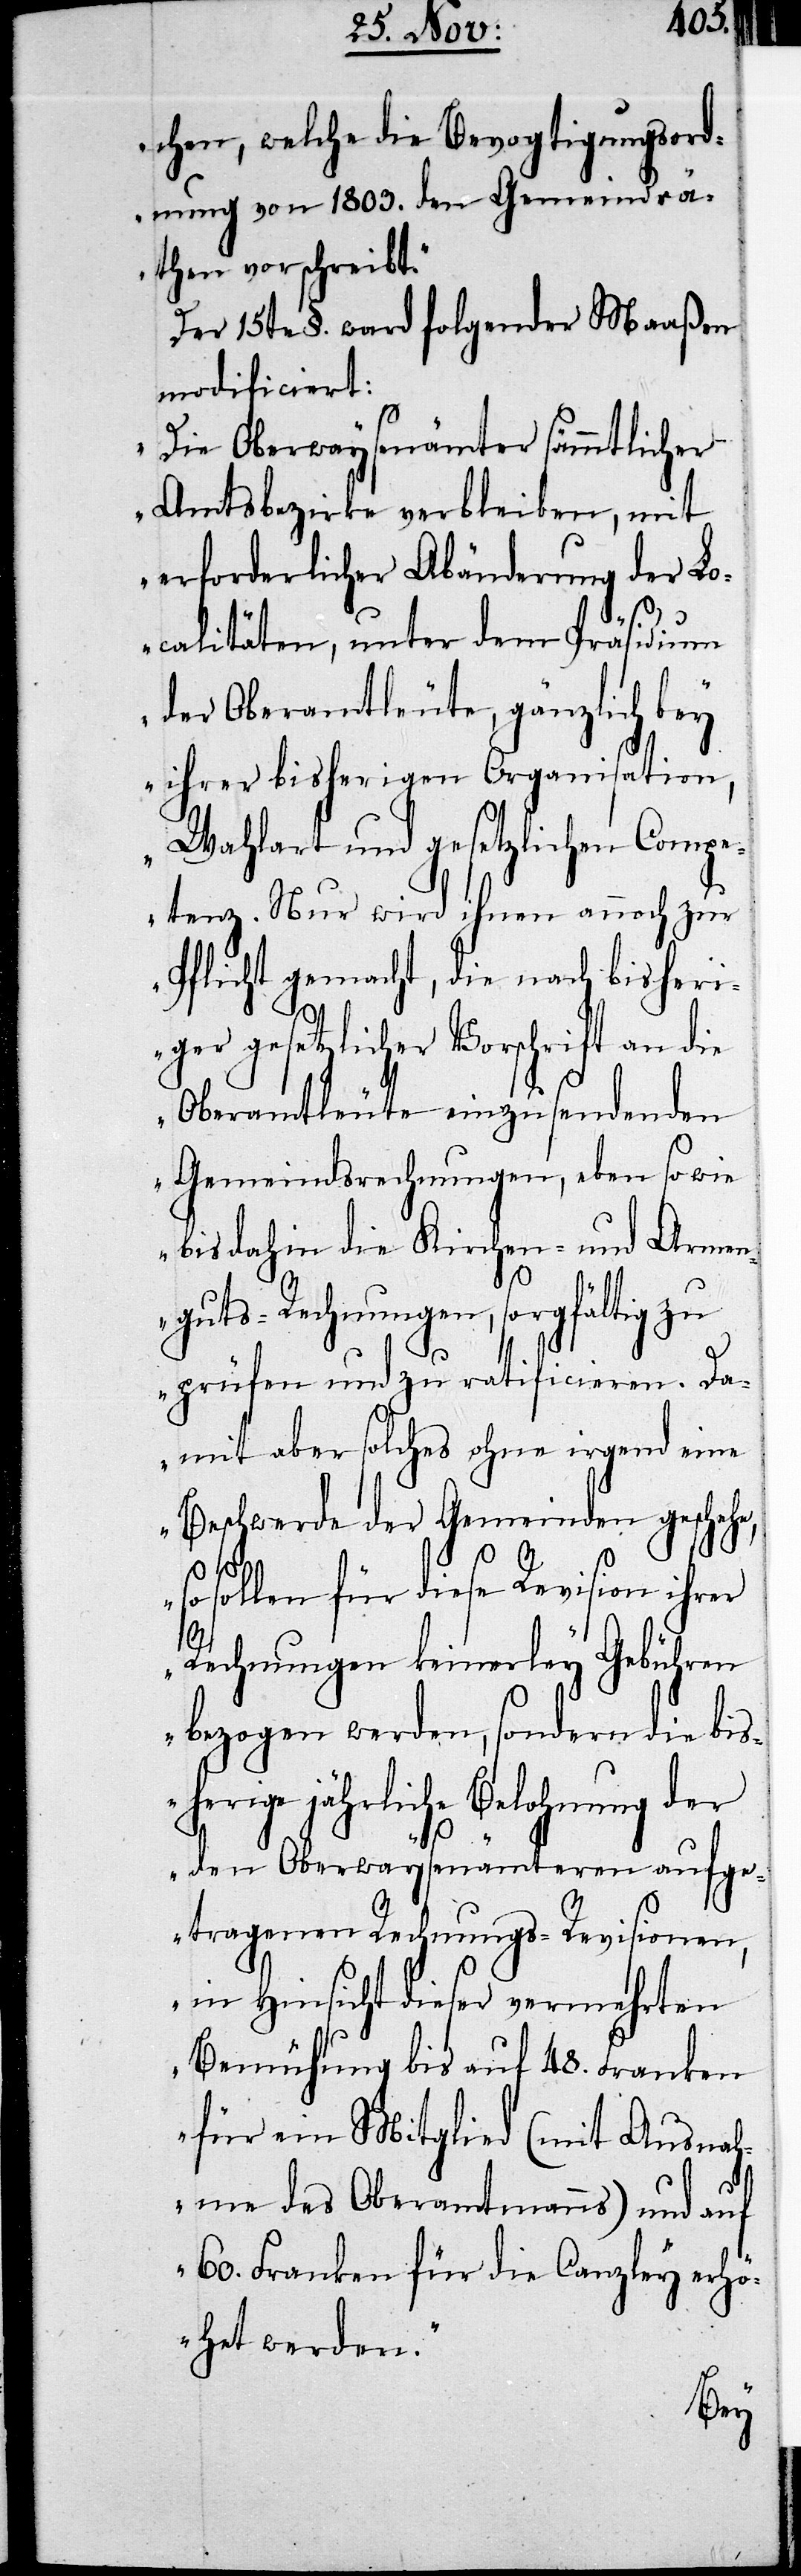
chen, welche die Bevogtigungsord¬
nung von 1803. den Gemeindrä¬
then vorschreibt.“
Der 15te §. ward folgender Maaßen
modificiert:
„Die Oberwaysenämter sämmtlicher
Amtsbezirke verbleiben, mit
erforderlicher Abänderung der Lo¬
calitäten, unter dem Präsidium
der Oberamtleute, gänzlich bey
ihrer bisherigen Organisation,
Wahlart und gesetzlichen Compe¬
tenz. Nur wird ihnen annoch zur
Pflicht gemacht, die nach bisheri¬
e,
ger gesetzlicher Vorschrift an die
Oberamtleute einzusendenden
Gemeindsrechnungen, eben so wie
bis dahin die Kirchen- und Armen¬
guts-Rechnungen, sorgfältig zu
prüfen und zu ratificieren. Da¬
mit aber solches ohne irgend eine
Beschwerde der Gemeinden gescheh¬
so sollen für diese Revision ihrer
Rechnungen keinerley Gebühren
bezogen werden, sondern die bis¬
herige jährliche Belohnung der
den Oberwaysenämteren aufge¬
tragenen Rechnungs-Revisionen,
in Hinsicht dieser vermehrten
Bemühung bis auf 48. Franken
für ein Mitglied (mit Ausnah¬
me des Oberamtmanns) und auf
60. Franken für die Canzley erhö¬
het werden.“